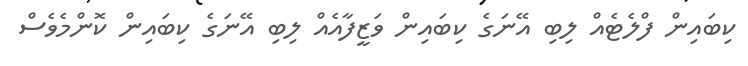
ކިބައިން ފްލެޓެއް ލިބި އޭނަގެ ކިބައިން ވަޒީފާއެއް ލިބި އޭނަގެ ކިބައިން ކޮންމެވެސް